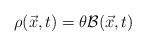
LaTeX: \begin{align*}\rho({\vec x},t)=\theta {\cal B}({\vec x},t)\end{align*}